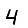
Digit: 4